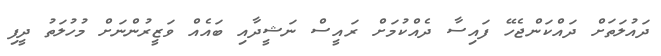
ދައުލަތަށް ދައްކަންޖެހޭ ފައިސާ ދެއްކުމަށް ރައީސް ނަޝީދާއި ބައެއް ވަޒީރުންނަށް މުހުލަތު ދީފި